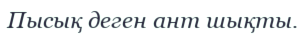
Пысық деген ант шықты.